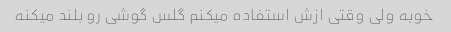
خوبه ولی وقتی ازش استفاده میکنم گلس گوشی رو بلند میکنه